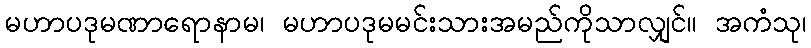
မဟာပဒုမဏာရောနာမ၊ မဟာပဒုမမင်းသားအမည်ကိုသာလျှင်။ အကံသု၊